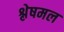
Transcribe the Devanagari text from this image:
श्लेषमल